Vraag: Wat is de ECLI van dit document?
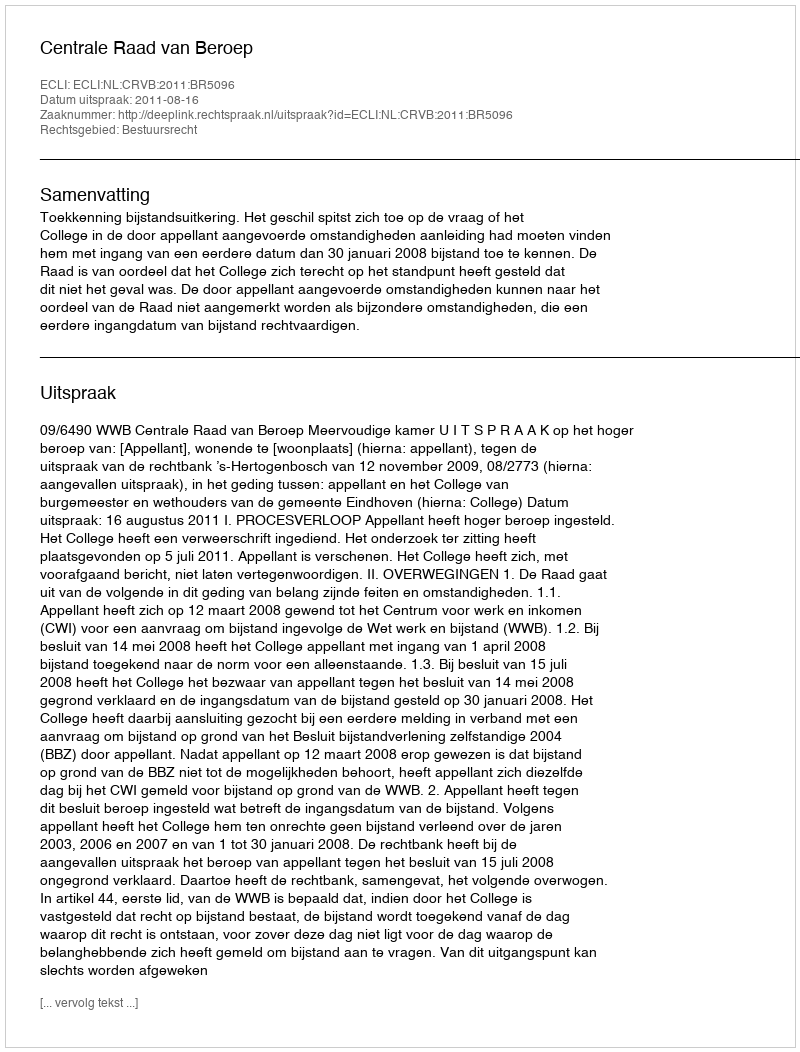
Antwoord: ECLI:NL:CRVB:2011:BR5096